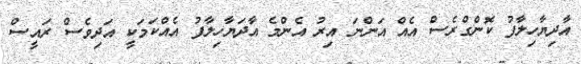
އާދިޔާހިލާފު ކޮންގްރެސް އެއް އަންނަ އިރު އެންމެ އާދަޔާހިލާފު އެއްކަމަކީ އަދިވެސް ރައީސް